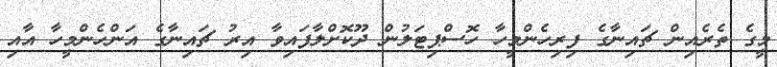
މީގެ ތެރެއިން ޗައިނާގެ ފިރިހެންމީހާ ހޮސްޕިޓަލުން ދޫކޮށްލާފައިވާ އިރު ޗައިނާގެ އަންހެންމީހާ އާއި